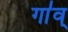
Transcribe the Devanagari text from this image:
गा॑व्